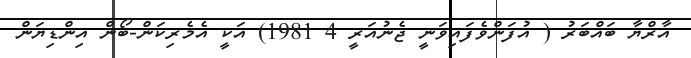
އާރްޔާ ބައްބަރު ( އުފަންވެފައިވަނީ ޖެނުއަރީ 4 1981) އަކީ އެމެރިކަން-ބޯން އިންޑިޔަން